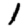
Digit: 1